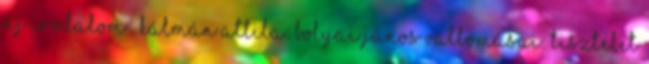
Új irodalom . Kálmán Attila: Bolyai János vallomásai: Tisztelet